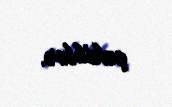
çəkiblər.